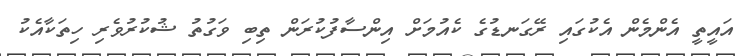
އައީތީ އެންމެން އެކުގައި ރޭގަނޑުގެ ކެއުމަށް އިންސާފުކުރަން ތިބި ވަގުތު ޝުކުރުވެރި ހިތަކާއެކު